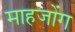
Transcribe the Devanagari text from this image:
माहजोंग